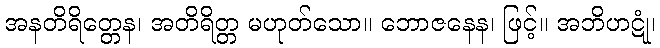
အနတိရိတ္တေန၊ အတိရိတ္တ မဟုတ်သော။ ဘောဇနေန၊ ဖြင့်။ အဘိဟဋုံ၊